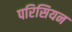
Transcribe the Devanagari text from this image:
परिसियन